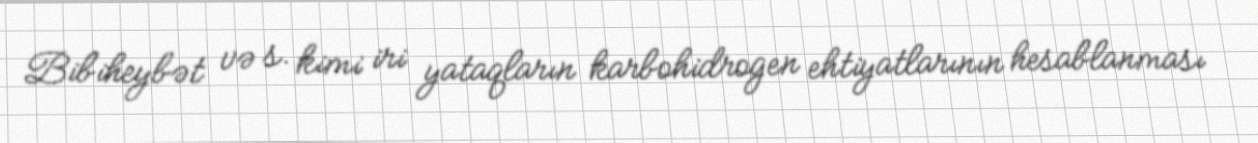
Bibiheybət və s. kimi iri yataqların karbohidrogen ehtiyatlarının hesablanması